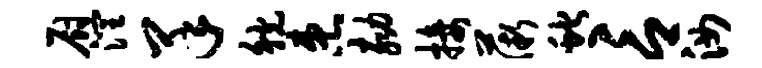
厨润羊觥患劾接薇蛇言汝